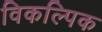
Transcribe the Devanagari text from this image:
विकल्पिक